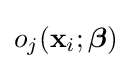
o_{j}(\mathbf {x} _{i};{\boldsymbol {\beta }})